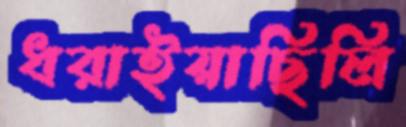
ধরাইয়াছিলি